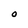
Character: O